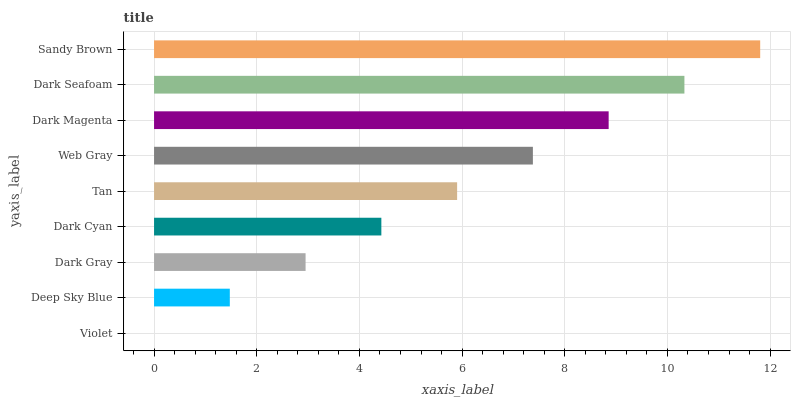
| yaxis_label | bars |
 | --- | --- |
 | Violet | 0 |
 | Deep Sky Blue | 1.48 |
 | Dark Gray | 2.95 |
 | Dark Cyan | 4.43 |
 | Tan | 5.9 |
 | Web Gray | 7.38 |
 | Dark Magenta | 8.86 |
 | Dark Seafoam | 10.3 |
 | Sandy Brown | 11.8 |